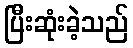
ပြီးဆုံးခဲ့သည်